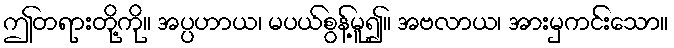
ဤတရားတို့ကို။ အပ္ပဟာယ၊ မပယ်စွန့်မူ၍။ အဗလာယ၊ အားမှကင်းသော။